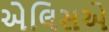
એલિસએ